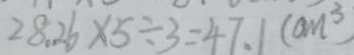
2 8 . 2 6 \times 5 \div 3 = 4 7 . 1 ( c m ^ { 3 } )